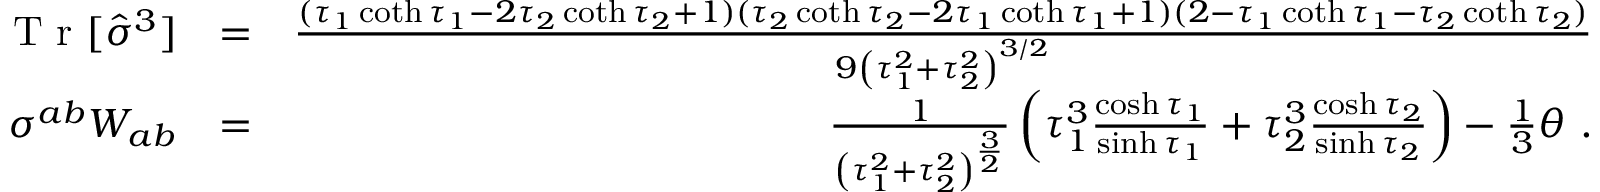
\begin{array} { r l r } { \textrm { T r } [ \hat { \sigma } ^ { 3 } ] } & { = } & { \frac { ( \tau _ { 1 } \coth \tau _ { 1 } - 2 \tau _ { 2 } \coth \tau _ { 2 } + 1 ) ( \tau _ { 2 } \coth \tau _ { 2 } - 2 \tau _ { 1 } \coth \tau _ { 1 } + 1 ) ( 2 - \tau _ { 1 } \coth \tau _ { 1 } - \tau _ { 2 } \coth \tau _ { 2 } ) } { 9 \left( \tau _ { 1 } ^ { 2 } + \tau _ { 2 } ^ { 2 } \right) ^ { 3 / 2 } } } \\ { \sigma ^ { a b } W _ { a b } } & { = } & { \frac { 1 } { \left( { \tau _ { 1 } ^ { 2 } + \tau _ { 2 } ^ { 2 } } \right) ^ { \frac { 3 } { 2 } } } \left( \tau _ { 1 } ^ { 3 } \frac { \cosh \tau _ { 1 } } { \sinh \tau _ { 1 } } + \tau _ { 2 } ^ { 3 } \frac { \cosh \tau _ { 2 } } { \sinh \tau _ { 2 } } \right) - \frac { 1 } { 3 } \theta \ . } \end{array}